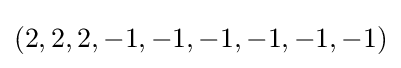
(2,2,2,-1,-1,-1,-1,-1,-1)